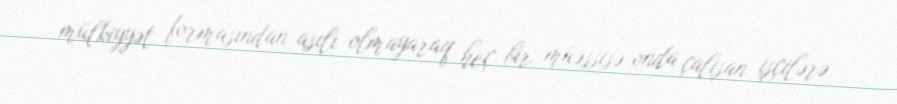
mülkiyyət formasından asılı olmayaraq heç bir müəssisə onda çalışan işçilərə